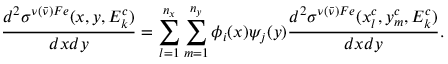
\frac { d ^ { 2 } \sigma ^ { \nu ( \bar { \nu } ) F e } ( x , y , E _ { k } ^ { c } ) } { d x d y } = \sum _ { l = 1 } ^ { n _ { x } } \sum _ { m = 1 } ^ { n _ { y } } \phi _ { i } ( x ) \psi _ { j } ( y ) \frac { d ^ { 2 } \sigma ^ { \nu ( \bar { \nu } ) F e } ( x _ { l } ^ { c } , y _ { m } ^ { c } , E _ { k } ^ { c } ) } { d x d y } .